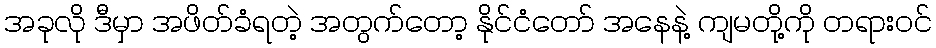
အခုလို ဒီမှာ အဖိတ်ခံရတဲ့ အတွက်တော့ နိုင်ငံတော် အနေနဲ့ ကျမတို့ကို တရားဝင်